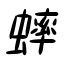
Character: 蟀